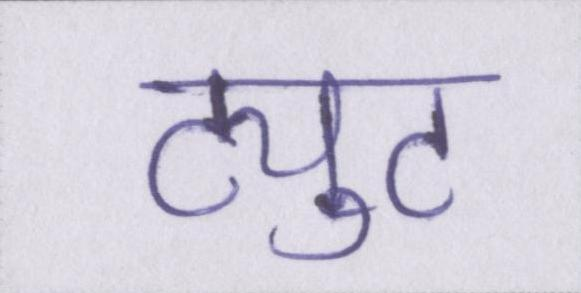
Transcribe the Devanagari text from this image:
ट्युट